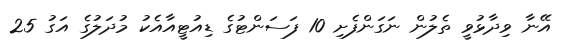
އޭނާ ވިދާޅުވީ ތެލުން ނަގަންފެށި 10 ފަސަންޓުގެ ޑިއުޓީއާއެކު މުދަލުގެ އަގު 25